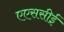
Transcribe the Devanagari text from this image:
एएससीई